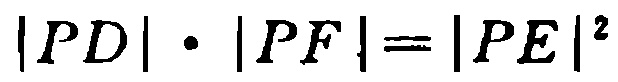
\(|PD|\cdot|PF| = |PE|^{2}\)